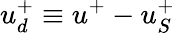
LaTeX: u_{d}^{+}\equiv u^{+}-u_{S}^{+}